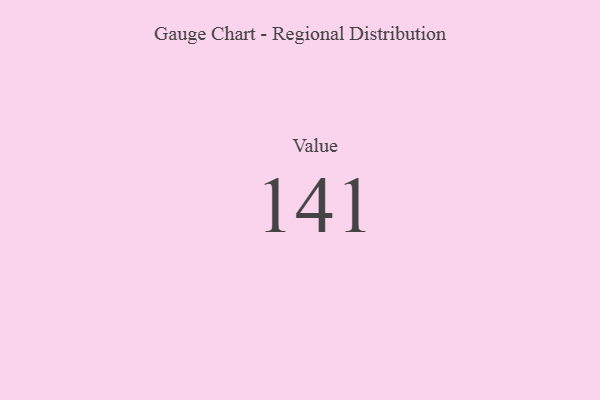
{"axis": {"x": "Metric", "y": "Value"}, "legend": [""], "data": [{"x": "Value", "y": 141, "type": ""}]}